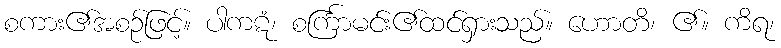
စကား၏အစဉ်ဖြင့်။ ပါကဋံ၊ စင်္ကြာမင်း၏ထင်ရှားသည်။ ဟောတိ၊ ၏။ ကိရ၊